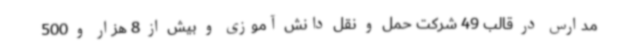
مدارس در قالب 49 شرکت حمل و نقل دانش آموزی و بیش از 8 هزار و 500